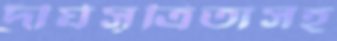
দীর্ঘসূত্রিতাসহ